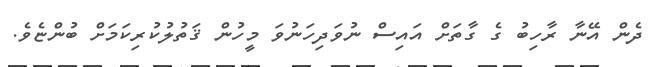
ދެން އޭނާ ރާހިބު ގެ ގާތަށް އައިސް ނުވަދިހަނުވަ މީހުން ޤަތުލުކުރިކަމަށް ބުންޏެވެ.